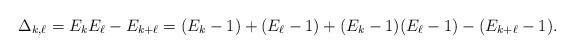
LaTeX: \begin{align*} \Delta_{k, \ell} = E_{k} E_{\ell} - E_{k+\ell} = (E_k - 1) + (E_\ell-1) + (E_k-1)(E_\ell-1) - (E_{k+\ell}-1). \end{align*}